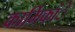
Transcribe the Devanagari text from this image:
कार्मिकांे